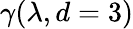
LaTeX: \gamma(\lambda,d=3)